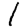
Digit: 1